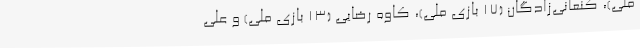
ملی)، کنعانی‌زادگان (17 بازی ملی)، کاوه رضایی (13 بازی ملی) و علی